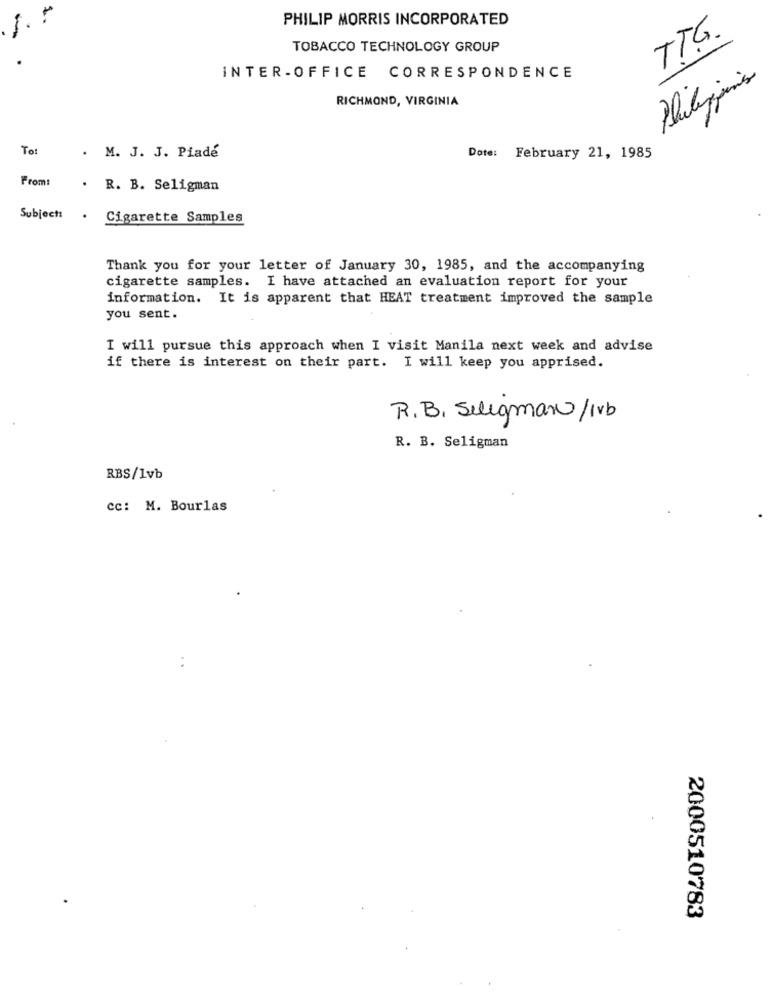
PHILIP MORRIS INCORPORATED
1.
T.T.G.
TOBACCO TECHNOLOGY GROUP
INTER-OFFICE CORRESPONDENCE
RICHMOND, VIRGINIA
To:
M. J. J. Piade
Date: February 21, 1985
From:
R. B. Seligman
Subject:
.
Cigarette Samples
Thank you for your letter of January 30, 1985, and the accompanying
cigarette samples. I have attached an evaluation report for your
information. It is apparent that HEAT treatment improved the sample
you sent.
I will pursue this approach when I visit Manila next week and advise
if there is interest on their part. I will keep you apprised.
R.B. Selegmano/Ivb
R. B. Seligman
RBS/1vb
cc: M. Bourlas
:
2000510783